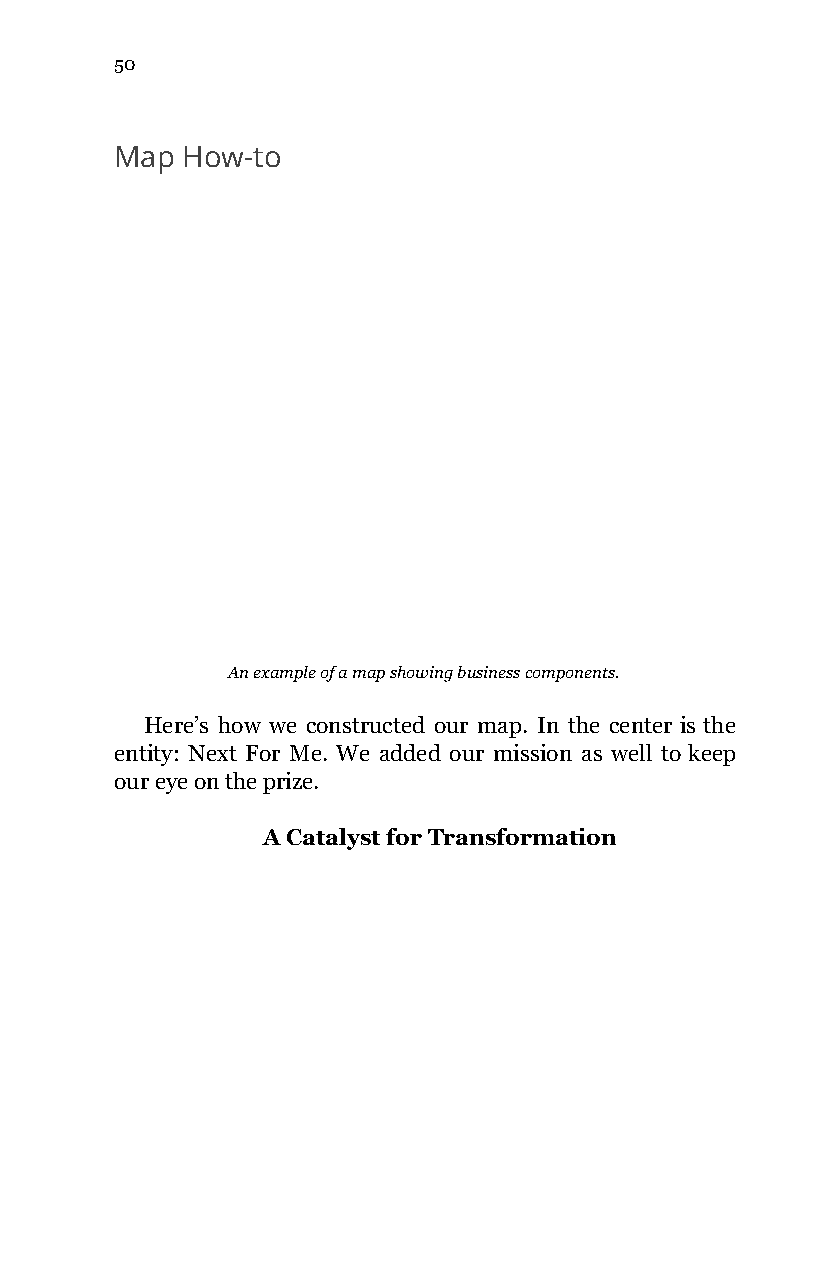
50
 Map How-to
 An example of a map showing business components.
 Here’s how we constructed our map. In the center is the
 entity: Next For Me. We added our mission as well to keep
 our eye on the prize.
 A Catalyst for Transformation